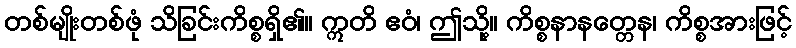
တစ်မျိုးတစ်ဖုံ သိခြင်းကိစ္စရှိ၏။ ဣတိ ဧဝံ၊ ဤသို့။ ကိစ္စနာနတ္တေန၊ ကိစ္စအားဖြင့်